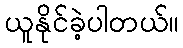
ယူနိုင်ခဲ့ပါတယ်။